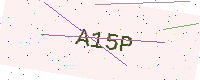
Text: A15P